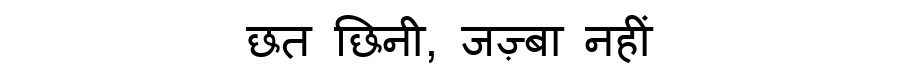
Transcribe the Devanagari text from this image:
छत छिनी, जज़्बा नहीं